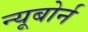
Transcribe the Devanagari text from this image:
न्यूबोर्न